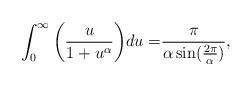
LaTeX: \begin{align*}\int^{\infty}_{0} \bigg(\frac{u}{1+u^{\alpha}}\bigg) du = & \frac{\pi }{\alpha \sin(\frac{2 \pi}{\alpha})},\end{align*}